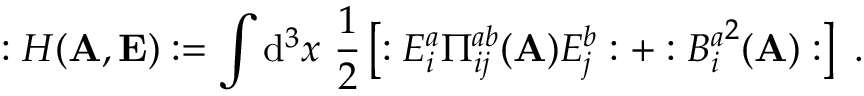
: H ( { \bf A } , { \bf E } ) : = \int \mathrm { d } ^ { 3 } x ~ \frac { 1 } { 2 } \left[ : E _ { i } ^ { a } \Pi _ { i j } ^ { a b } ( { \bf A } ) E _ { j } ^ { b } : + : { B _ { i } ^ { a } } ^ { 2 } ( { \bf A } ) : \right] ~ .